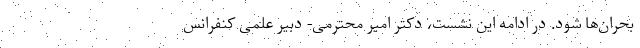
بحران‌ها شود. در ادامه این نشست، دکتر امیر محترمی- دبیر علمی کنفرانس